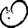
Digit: 0